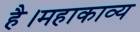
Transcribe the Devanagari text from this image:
है।महाकाव्य